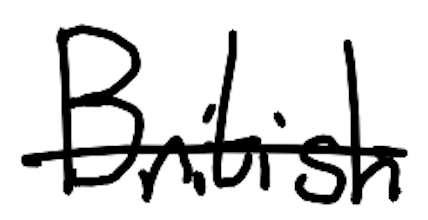
Text: British
Cross-out: single-line
Writing tool: digital_black